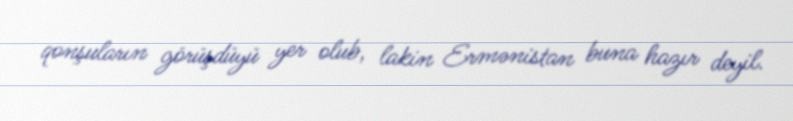
qonşuların görüşdüyü yer olub, lakin Ermənistan buna hazır deyil.